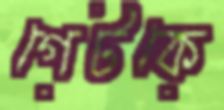
গেটকে